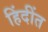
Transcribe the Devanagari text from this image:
हिंदींत